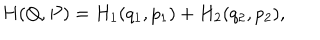
LaTeX: H ( Q , P ) = H _ { 1 } ( q _ { 1 } , p _ { 1 } ) + H _ { 2 } ( q _ { 2 } , p _ { 2 } ) ,